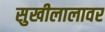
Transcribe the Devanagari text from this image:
सुखीलालावर